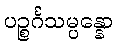
ပဉ္စင်္ဂသမ္ပန္နော